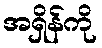
အရှိန်ကို